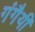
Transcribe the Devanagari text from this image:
गंगैयी